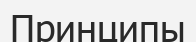
Принципы